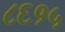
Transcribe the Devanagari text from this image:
८६१५